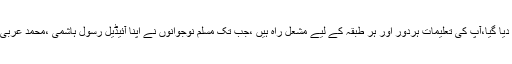
رآن پاک میں نبی کریم ﷺ کی زندگی کو بہترین نمونہ قرار دیا گیا،آپ کی تعلیمات ہردور اور ہر طبقہ کے لیے مشعل راہ ہیں ،جب تک مسلم نوجوانوں نے اپنا آئیڈیل رسول ہاشمی ،محمد عربی ﷺ کو بنائے ہوئے تھے ،عروج اور غلبہ ان کا مقدر تھی ۔